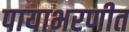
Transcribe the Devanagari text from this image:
पायाभरणीत